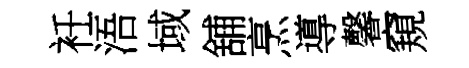
衽浯域舖烹導馨窺